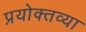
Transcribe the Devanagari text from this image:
प्रयोक्तव्या